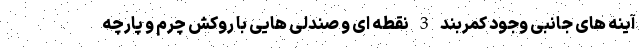
آینه های جانبی وجود کمربند 3 نقطه ای و صندلی هایی با روکش چرم و پارچه